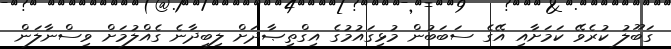
ގަބޫލު ކުރެވޭ ކަމަށާއި އޭގެ ސަބަބުން މުޅިގައުމުގެ އިގްތިޞާދަށް ލިބިދާނެ ގެއްލުމަށް ވިސްނާލަން